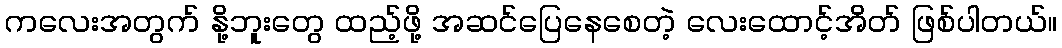
ကလေးအတွက် နို့ဘူးတွေ ထည့်ဖို့ အဆင်ပြေနေစေတဲ့ လေးထောင့်အိတ် ဖြစ်ပါတယ်။